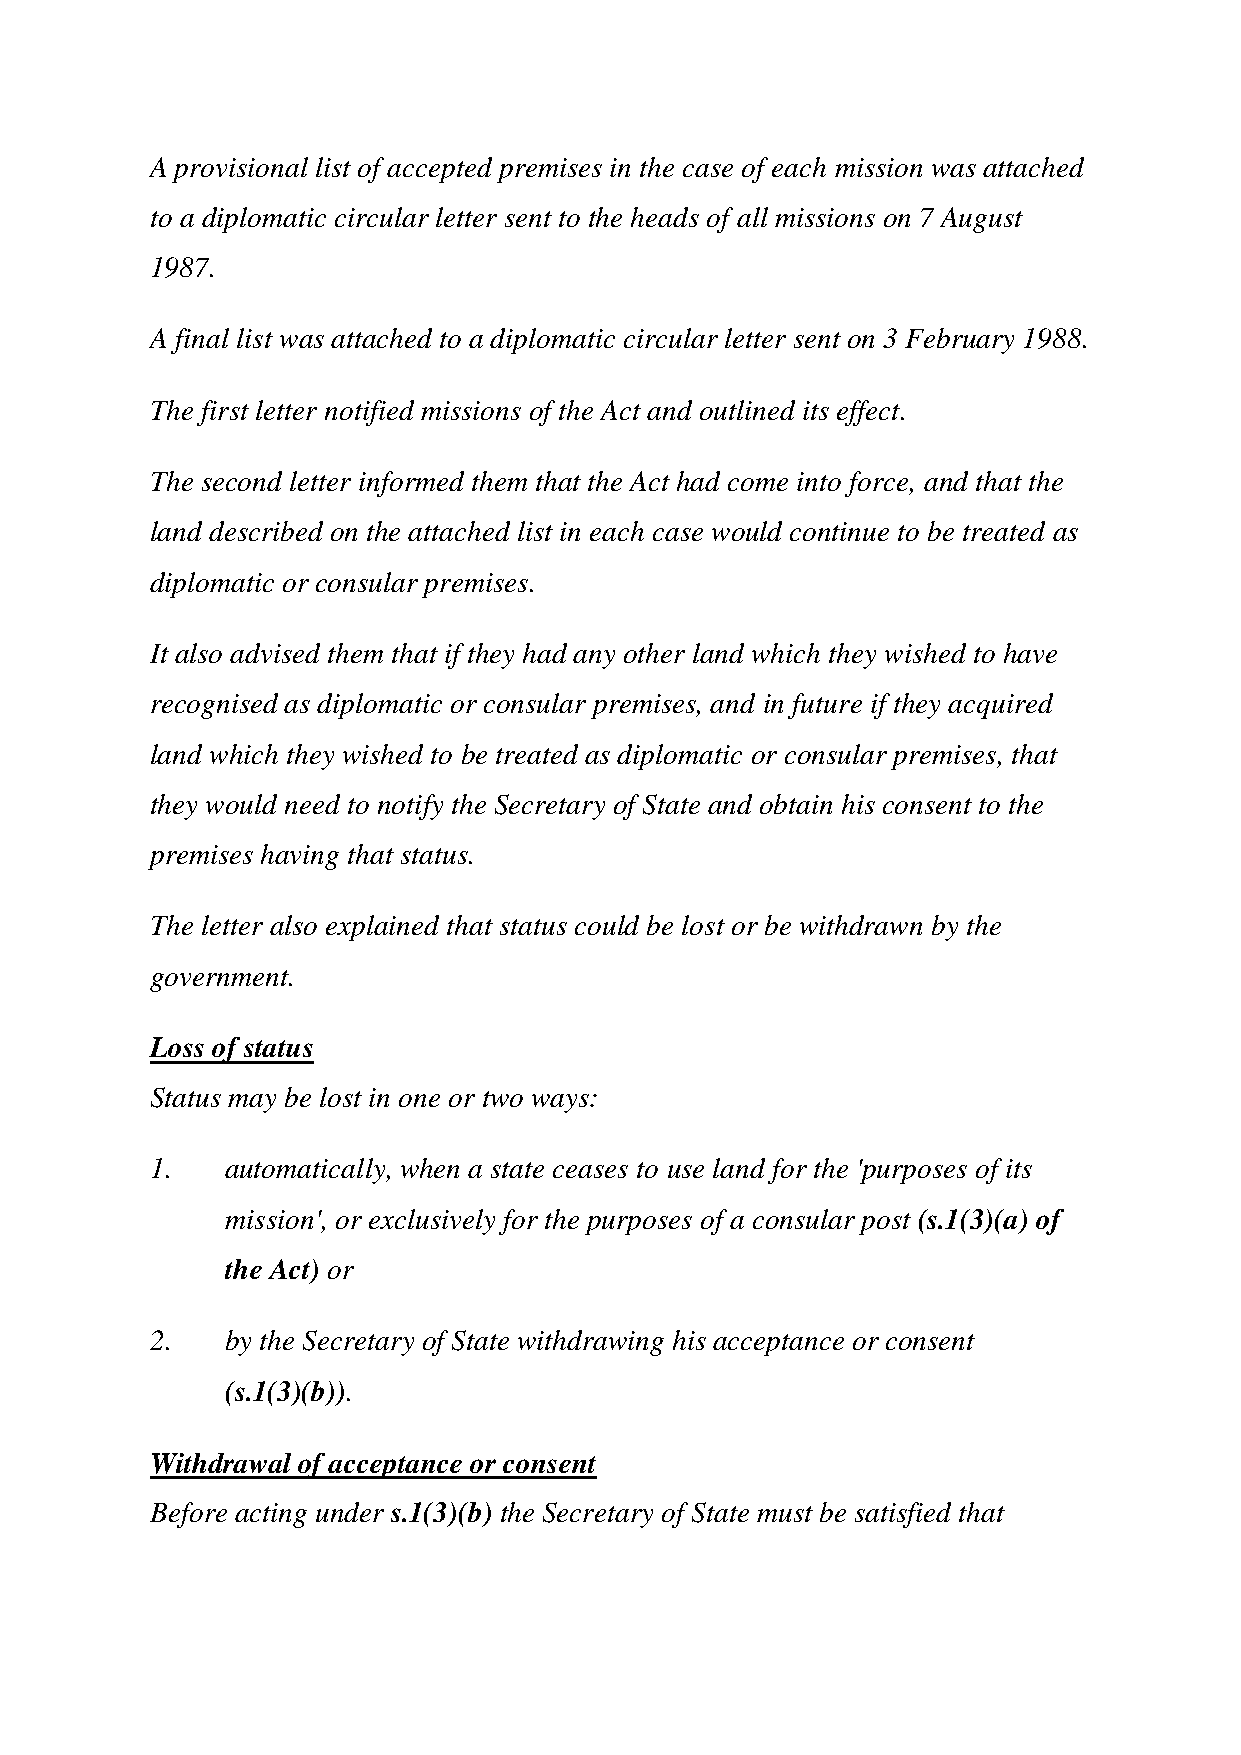
A provisional list of accepted premises in the case of each mission was attached
 to a diplomatic circular letter sent to the heads of all missions on 7 August
 1987.
 A final list was attached to a diplomatic circular letter sent on 3 February 1988.
 The first letter notified missions of the Act and outlined its effect.
 The second letter informed them that the Act had come into force, and that the
 land described on the attached list in each case would continue to be treated as
 diplomatic or consular premises.
 It also advised them that if they had any other land which they wished to have
 recognised as diplomatic or consular premises, and in future if they acquired
 land which they wished to be treated as diplomatic or consular premises, that
 they would need to notify the Secretary of State and obtain his consent to the
 premises having that status.
 The letter also explained that status could be lost or be withdrawn by the
 government.
 Loss of status
 Status may be lost in one or two ways:
 1.   automatically, when a state ceases to use land for the 'purposes of its
 mission', or exclusively for the purposes of a consular post (s.1(3)(a) of
 the Act) or
 2.   by the Secretary of State withdrawing his acceptance or consent
 (s.1(3)(b)).
 Withdrawal of acceptance or consent
 Before acting under s.1(3)(b) the Secretary of State must be satisfied that